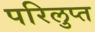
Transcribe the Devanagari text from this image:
परिलुप्त